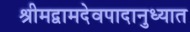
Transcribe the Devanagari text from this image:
श्रीमद्वामदेवपादानुध्यात